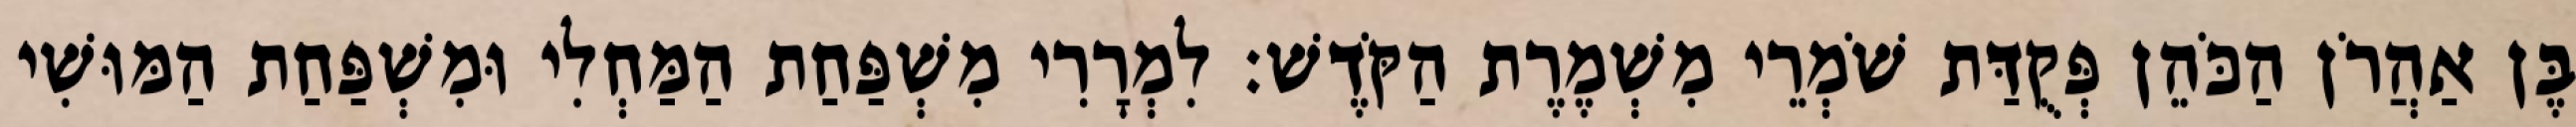
בֶּן אַהֲרֹן הַכֹּהֵן פְּקֻדַּת שֹׁמְרֵי מִשְׁמֶרֶת הַקֹּדֶשׁ׃ לִמְרָרִי מִשְׁפַּחַת הַמַּחְלִי וּמִשְׁפַּחַת הַמּוּשִׁי